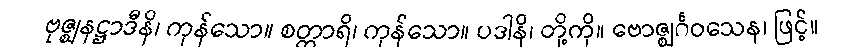
ဗုဇ္ဈနဋ္ဌာဒီနိ၊ ကုန်သော။ စတ္တာရိ၊ ကုန်သော။ ပဒါနိ၊ တို့ကို။ ဗောဇ္ဈင်္ဂဝသေန၊ ဖြင့်။